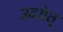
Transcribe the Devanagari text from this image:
उदयेत्‌